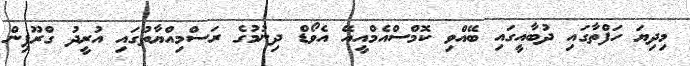
މިދިޔަ ހަފްތާގައި ދުބާއީގައި ބޭއްވި ކޮމްސްއެމްއީއޭ އެވޯޑް ދިނުމުގެ ރަސްމިއްޔާތުގައި އުރީދު ގްރޫޕިން